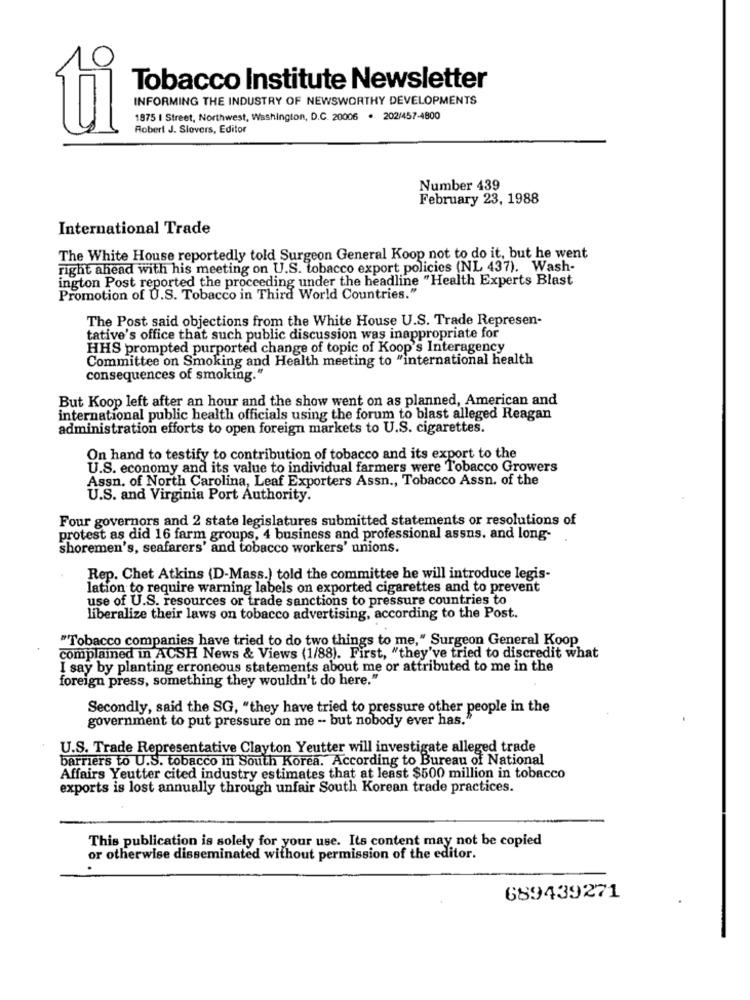
Tobacco Institute Newsletter
INFORMING THE INDUSTRY OF NEWSWORTHY DEVELOPMENTS
1875 I Street, Northwest, Washington, D.C. 20006 . 202/457-4800
Robert J. Slovers, Editor
Number 439
February 23, 1988
International Trade
The White House reportedly told Surgeon General Koop not to do it, but he went
right ahead with his meeting on U.S. tobacco export policies (NL 437). Wash-
ington Post reported the proceeding under the headline "Health Experts Blast
Promotion of U.S. Tobacco in Third World Countries."
The Post said objections from the White House U.S. Trade Represen-
tative's office that such public discussion was inappropriate for
HHS prompted purported change of topic of Koop's Interagency
Committee on Smoking and Health meeting to "international health
consequences of smoking."
But Koop left after an hour and the show went on as planned, American and
international public health officials using the forum to blast alleged Reagan
administration efforts to open foreign markets to U.S. cigarettes.
On hand to testify to contribution of tobacco and its export to the
U.S. economy and its value to individual farmers were Tobacco Growers
Assn. of North Carolina, Leaf Exporters Assn ., Tobacco Assn. of the
U.S. and Virginia Port Authority.
Four governors and 2 state legislatures submitted statements or resolutions of
protest as did 16 farm groups, 4 business and professional assns. and long-
shoremen's, seafarers' and tobacco workers' unions.
Rep. Chet Atkins (D-Mass.) told the committee he will introduce legis-
lation to require warning labels on exported cigarettes and to prevent
use of U.S. resources or trade sanctions to pressure countries to
liberalize their laws on tobacco advertising, according to the Post.
"Tobacco companies have tried to do two things to me," Surgeon General Koop
complained in ACSH News & Views (1/88). First, "they've tried to discredit what
I say by planting erroneous statements about me or attributed to me in the
foreign press, something they wouldn't do here."
Secondly, said the SG, "they have tried to pressure other people in the
government to put pressure on me - but nobody ever has."
U.S. Trade Representative Clayton Yeutter will investigate alleged trade
barriers to U.S. tobacco in South Korea. According to Bureau of National
Affairs Yeutter cited industry estimates that at least $500 million in tobacco
exports is lost annually through unfair South Korean trade practices.
This publication is solely for your use. Its content may not be copied
or otherwise disseminated without permission of the editor.
689439271